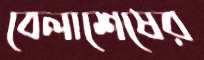
বেলাশেষের